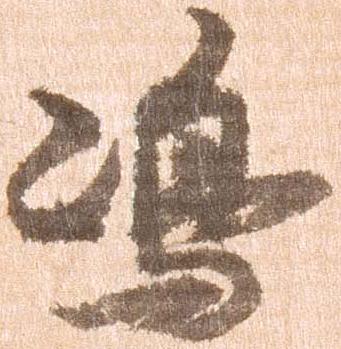
嶋